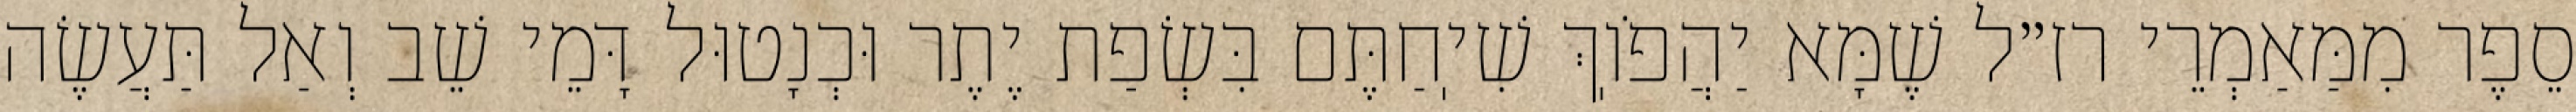
סֵפֶר מִמַּאַמְרֵי רז״ל שֶׁמָּא יַהֲפֹוֽךְ שִׁיֽחַתֶּם בִּשְׂפַת יֶתֶר וּכְנָטוּל דָּמֵי שֵׁב וְאַל תַּעֲשֶׂה